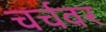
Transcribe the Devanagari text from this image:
चर्चवर